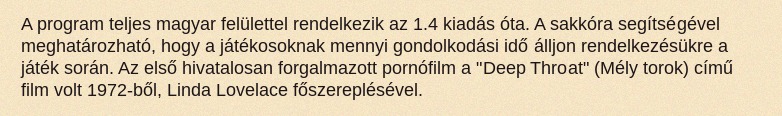
A program teljes magyar felülettel rendelkezik az 1.4 kiadás óta. A sakkóra segítségével meghatározható, hogy a játékosoknak mennyi gondolkodási idő álljon rendelkezésükre a játék során. Az első hivatalosan forgalmazott pornófilm a "Deep Throat" (Mély torok) című film volt 1972-ből, Linda Lovelace főszereplésével.